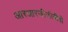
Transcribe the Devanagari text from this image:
आरआरजीजीबीबी